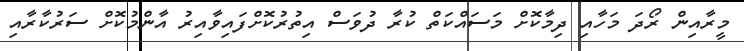
މީރާއިން ރޯދަ މަހާއި ދިމާކޮށް މަސައްކަތް ކުރާ ދުވަސް އިތުރުކޮށްފައިވާއިރު އާންމުކޮށް ސަރުކާރާއި